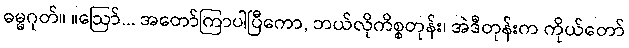
ဓမ္မဂုတ်။ ။ဩော်... အတော်ကြာပါပြီကော, ဘယ်လိုကိစ္စတုန်း၊ အဲဒီတုန်းက ကိုယ်တော်